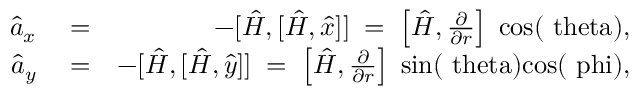
\begin{array} { r l r } { \hat { a } _ { x } } & { { } = } & { - [ \hat { H } , [ \hat { H } , \hat { x } ] ] \; = \; \left[ \hat { H } , \frac { \partial } { \partial r } \right] \; \mathrm { c o s ( \ t h e t a ) } , } \\ { \hat { a } _ { y } } & { { } = } & { - [ \hat { H } , [ \hat { H } , \hat { y } ] ] \; = \; \left[ \hat { H } , \frac { \partial } { \partial r } \right] \; \mathrm { s i n ( \ t h e t a ) c o s ( \ p h i ) } , } \end{array}